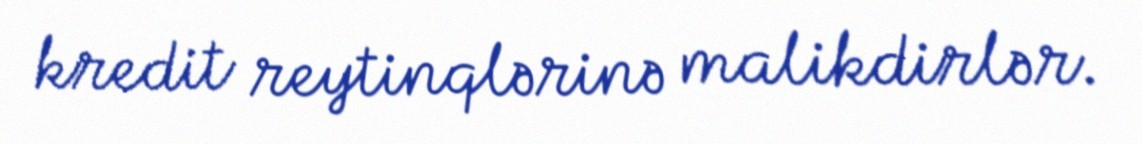
kredit reytinqlərinə malikdirlər.